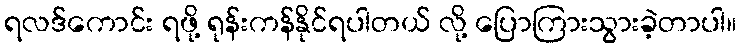
ရလဒ်ကောင်း ရဖို့ ရုန်းကန်နိုင်ရပါတယ် လို့ ပြောကြားသွားခဲ့တာပါ။